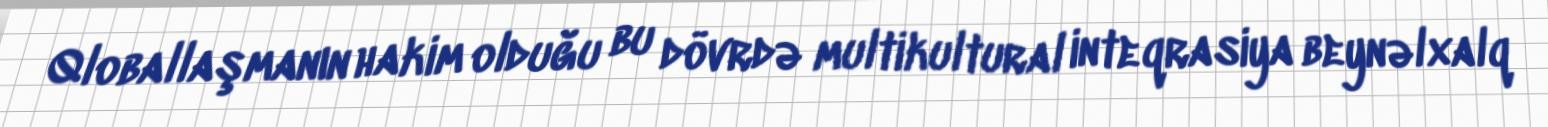
Qloballaşmanın hakim olduğu bu dövrdə multikultural inteqrasiya beynəlxalq